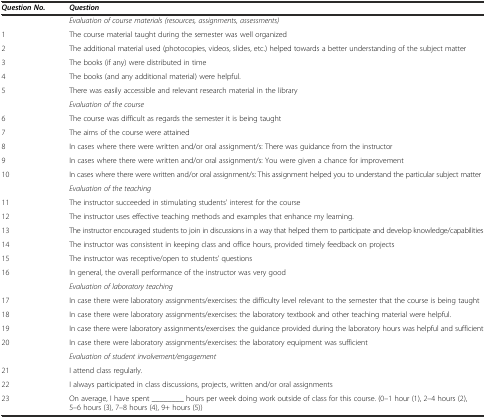
| Question No. | Question |
 | --- | --- |
 |  | Evaluation of course materials (resources, assignments, assessments) |
 | 1 | The course material taught during the semester was well organized |
 | 2 | The additional material used (photocopies, videos, slides, etc.) helped towards a better understanding of the subject matter |
 | 3 | The books (if any) were distributed in time |
 | 4 | The books (and any additional material) were helpful. |
 | 5 | There was easily accessible and relevant research material in the library |
 |  | Evaluation of the course |
 | 6 | The course was difficult as regards the semester it is being taught |
 | 7 | The aims of the course were attained |
 | 8 | In cases where there were written and/or oral assignment/s: There was guidance from the instructor |
 | 9 | In cases where there were written and/or oral assignment/s: You were given a chance for improvement |
 | 10 | In cases where there were written and/or oral assignment/s: This assignment helped you to understand the particular subject matter |
 |  | Evaluation of the teaching |
 | 11 | The instructor succeeded in stimulating students' interest for the course |
 | 12 | The instructor uses effective teaching methods and examples that enhance my learning. |
 | 13 | The instructor encouraged students to join in discussions in a way that helped them to participate and develop knowledge/capabilities |
 | 14 | The instructor was consistent in keeping class and office hours, provided timely feedback on projects |
 | 15 | The instructor was receptive/open to students’ questions |
 | 16 | In general, the overall performance of the instructor was very good |
 |  | Evaluation of laboratory teaching |
 | 17 | In case there were laboratory assignments/exercises: the difficulty level relevant to the semester that the course is being taught |
 | 18 | In case there were laboratory assignments/exercises: the laboratory textbook and other teaching material were helpful. |
 | 19 | In case there were laboratory assignments/exercises: the guidance provided during the laboratory hours was helpful and sufficient |
 | 20 | In case there were laboratory assignments/exercises: the laboratory equipment was sufficient |
 |  | Evaluation of student involvement/engagement |
 | 21 | I attend class regularly. |
 | 22 | I always participated in class discussions, projects, written and/or oral assignments |
 | 23 | On average, I have spent ________ hours per week doing work outside of class for this course. (0–1 hour (1), 2–4 hours (2), 5–6 hours (3), 7–8 hours (4), 9+ hours (5)) |